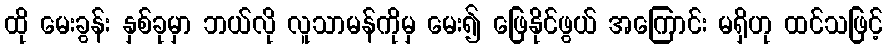
ထို မေးခွန်း နှစ်ခုမှာ ဘယ်လို လူသာမန်ကိုမှ မေး၍ ဖြေနိုင်ဖွယ် အကြောင်း မရှိဟု ထင်သဖြင့်